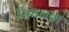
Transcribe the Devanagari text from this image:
सिधनवा